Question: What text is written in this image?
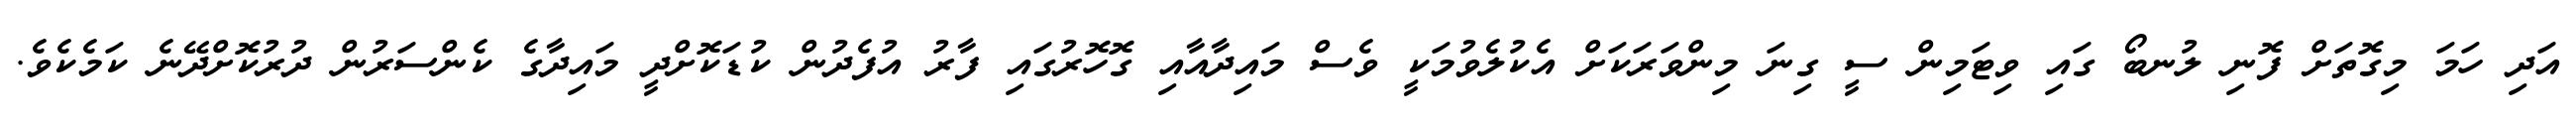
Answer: އަދި ހަމަ މިގޮތަށް ފޮނި ލުނބޯ ގައި ވިޓަމިން ސީ ގިނަ މިންވަރަކަށް އެކުލެވުމަކީ ވެސް މައިދާއާއި ގޮހޮރުގައި ފާރު އުފެދުން ކުޑަކޮށްދީ މައިދާގެ ކެންސަރުން ދުރުކޮށްދޭނެ ކަމެކެވެ.